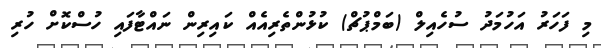
މި ފަހަރު އަހުމަދު ސުހެއިލް (ބަމްޕުޗް) ކުޅުންތެރިއެއް ކައިރިން ނައްޓާފައި ހުސްކޮށް ހުރި